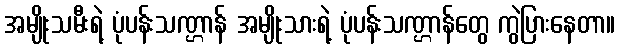
အမျိုးသမီးရဲ့ ပုံပန်းသဏ္ဌာန် အမျိုးသားရဲ့ ပုံပန်းသဏ္ဌာန်တွေ ကွဲပြားနေတာ။